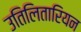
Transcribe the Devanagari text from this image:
उतिलितारियन